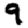
Digit: 9